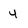
Character: 4